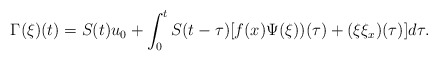
\begin{align*} \Gamma (\xi)(t)=S(t)u_0+\int_{0}^{t}S(t-\tau)[f(x)\Psi(\xi))(\tau)+(\xi\xi_x)(\tau)]d\tau. \end{align*}